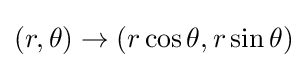
(r,\theta )\to (r\cos \theta ,r\sin \theta )